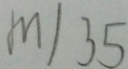
m \vert 3 5